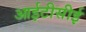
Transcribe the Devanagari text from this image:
आईटीसीई